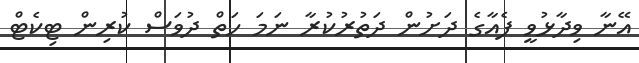
އޭނާ ވިދާޅުވީ ފެއާގެ ދަށުން ދަތުރުކުރާ ނަމަ ހަތް ދުވަސް ކުރިން ޓިކެޓް